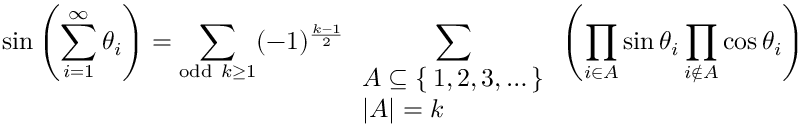
\sin \left( \sum _ { i = 1 } ^ { \infty } \theta _ { i } \right) = \sum _ { { \mathrm { o d d } } \ k \geq 1 } ( - 1 ) ^ { \frac { k - 1 } { 2 } } \sum _ { \begin{array} { l } { A \subseteq \{ \, 1 , 2 , 3 , \dots \, \} } \\ { \left| A \right| = k } \end{array} } \left( \prod _ { i \in A } \sin \theta _ { i } \prod _ { i \not \in A } \cos \theta _ { i } \right)